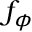
f _ { \phi }